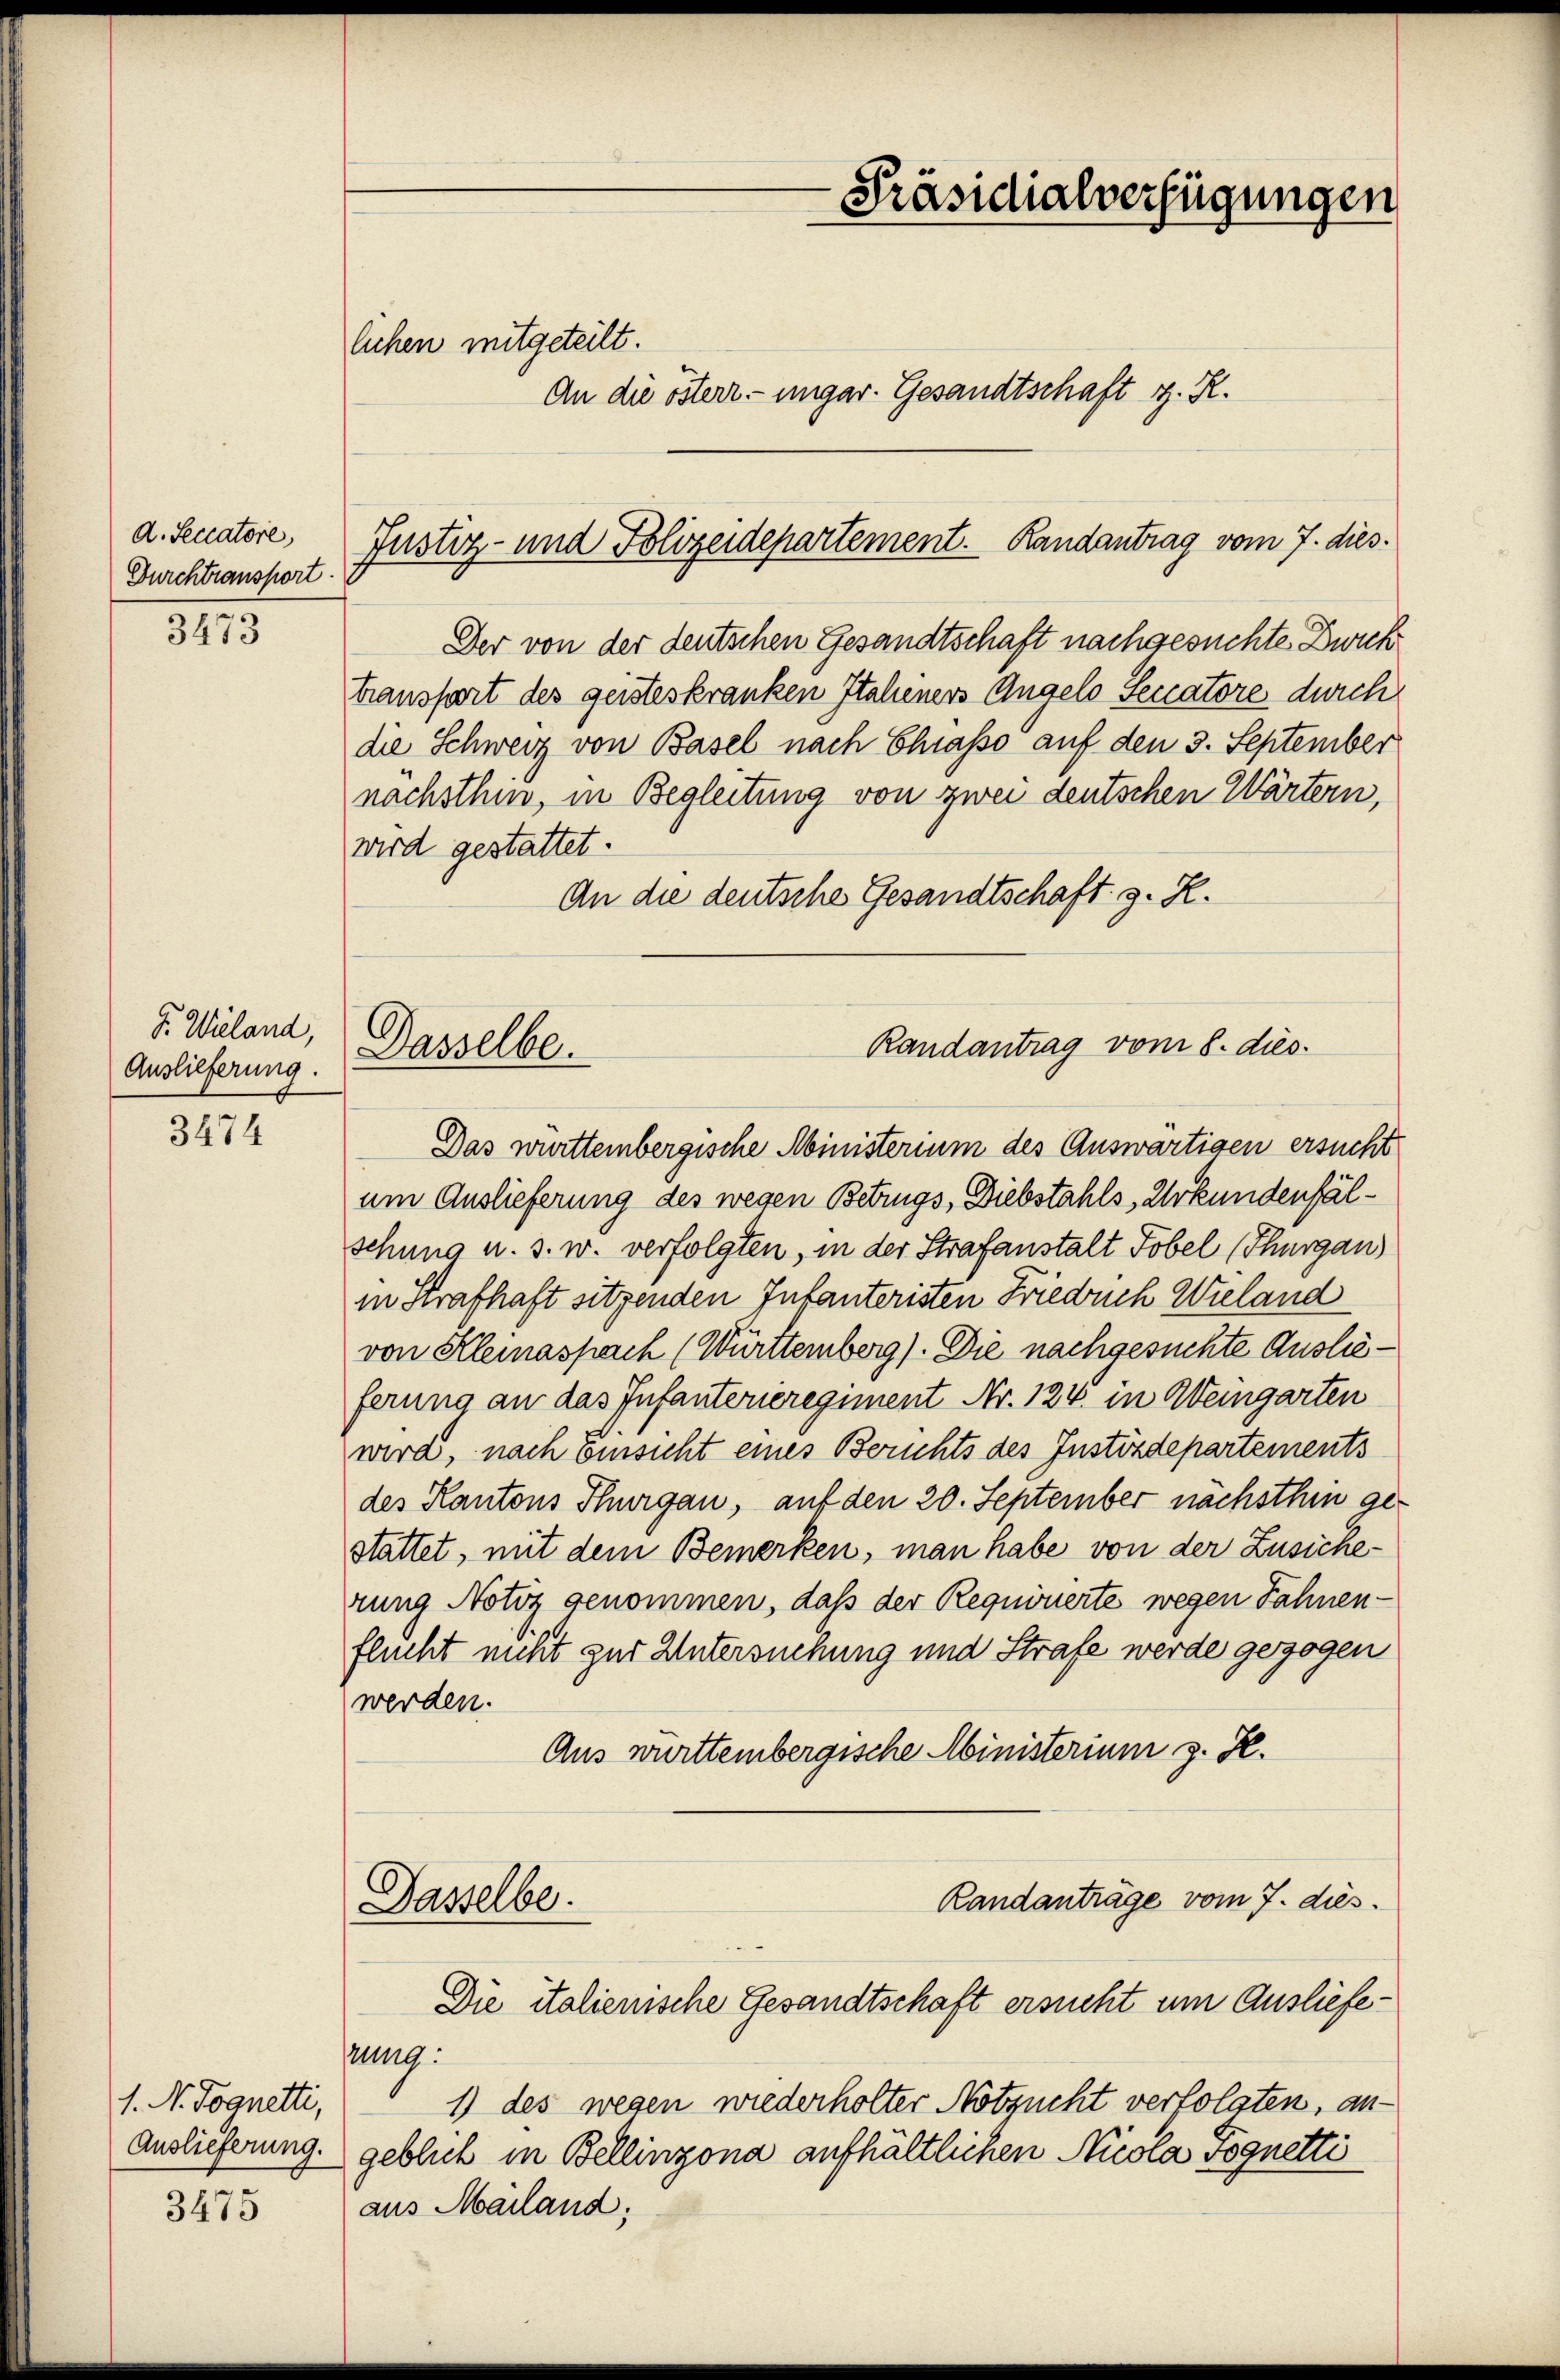
A. Seccatore,
Durchtransport.

3473

P. Wieland,
Auslieferung.

3474

1. N. Tognetti,

3475

lichen mitgeteilt.
An die österr. ungar. Gesandtschaft z. R.

Justiz- und Polizeidepartement. Randantrag vom 7. dies¬

-Präsidialverfügungen

Der von der deutschen Gesandtschaft nachgesuchte Zweck
transfort des geisteskranken Italiners Angelo Seccatore durch
die Schweiz von Basel nach Chiasso auf den 3. September
nachsthin, in Begleitung von zwei deutschen Wärtern,
wird gestattet.
An die deutsche Gesandtschaft z. R.

Randantrag vom 8. dies
Dasselbe.

Das württembergische Ministerium des Auswärtigen ersucht
um Auslieferung des wegen Betrugs, Diebstahls, Urkundenfälschung u. s. w. verfolgten, in der Strafanstalt Tobel (Thurgau
in Strafhaft sitzenden Infanteristen Friedrich Wieland
von Kleinaspach (Württemberg). Die nachgesuchte Auslieferung an das Infanterieregiment Nr. 124. in Weingarten
wird, nach Einsicht eines Berichts des Instizdepartements
des Kantons Thurgau, auf den 20. September nächsthin gestattet, mit dem Bemerken, man habe von der Zusicherung Notiz genommen, daß der Requirierte wegen Fahnenflucht nicht zur Untersuchung und Strafe werde gezogen
werden.
Aus württembergische Ministerium z. K.
Randanträge vom 7. dies
Dasselbe.
Die italienische Gesandtschaft ersucht um Ausliefesung:
1) des wegen wiederholter Notzucht verfolgten, an¬
Auslieferung geblich in Bellinzona aufhältlichen Nicola voguetti
aus Mailand;